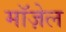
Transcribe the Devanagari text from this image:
मॉज़ेल